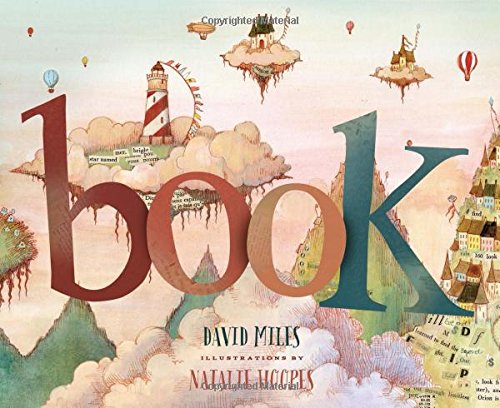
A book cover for Book; David W Miles; Children's Books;